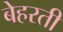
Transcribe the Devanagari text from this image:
बेहरती